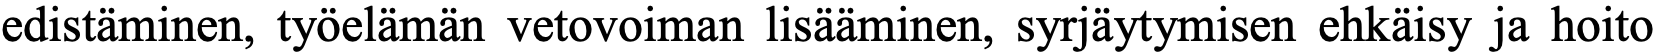
edistäminen, työelämän vetovoiman lisääminen, syrjäytymisen ehkäisy ja hoito